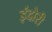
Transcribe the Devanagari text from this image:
इंदोरी